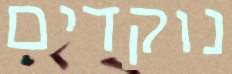
נוקדים